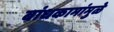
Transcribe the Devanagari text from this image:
बांधकामांमुळे